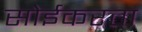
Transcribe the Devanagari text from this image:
सोईकरता